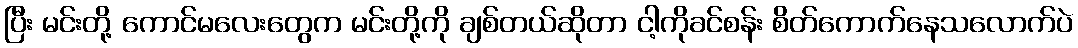
ပြီး မင်းတို့ ကောင်မလေးတွေက မင်းတို့ကို ချစ်တယ်ဆိုတာ ငါ့ကိုခင်စန်း စိတ်ကောက်နေသလောက်ပဲ